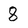
Character: 8